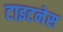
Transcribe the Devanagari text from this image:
टाइटनेस